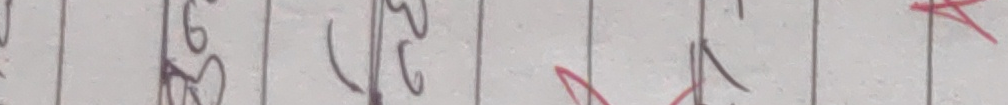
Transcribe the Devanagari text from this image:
३९/३३